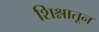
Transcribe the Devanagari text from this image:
शिश्नातून